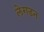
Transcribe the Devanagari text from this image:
लेगडन